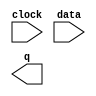
// megafunction wizard: %LPM_FF%VBB%
// GENERATION: STANDARD
// VERSION: WM1.0
// MODULE: lpm_ff 

// ============================================================
// Megafunction Name(s):
// 			lpm_ff
//
// Simulation Library Files(s):
// 			lpm
// ============================================================
// ************************************************************
// THIS IS A WIZARD-GENERATED FILE. DO NOT EDIT THIS FILE!
//
// 9.1 Build 222 10/21/2009 SJ Web Edition
// ************************************************************

//Copyright (C) 1991-2009 Altera Corporation
//Your use of Altera Corporation's design tools, logic functions 
//and other software and tools, and its AMPP partner logic 
//functions, and any output files from any of the foregoing 
//(including device programming or simulation files), and any 
//associated documentation or information are expressly subject 
//to the terms and conditions of the Altera Program License 
//Subscription Agreement, Altera MegaCore Function License 
//Agreement, or other applicable license agreement, including, 
//without limitation, that your use is for the sole purpose of 
//programming logic devices manufactured by Altera and sold by 
//Altera or its authorized distributors.  Please refer to the 
//applicable agreement for further details.

module lpm_dff11 (
	clock,
	data,
	q);

	input	  clock;
	input	[11:0]  data;
	output	[11:0]  q;

endmodule

// ============================================================
// CNX file retrieval info
// ============================================================
// Retrieval info: PRIVATE: ACLR NUMERIC "0"
// Retrieval info: PRIVATE: ALOAD NUMERIC "0"
// Retrieval info: PRIVATE: ASET NUMERIC "0"
// Retrieval info: PRIVATE: ASET_ALL1 NUMERIC "1"
// Retrieval info: PRIVATE: CLK_EN NUMERIC "0"
// Retrieval info: PRIVATE: DFF NUMERIC "1"
// Retrieval info: PRIVATE: INTENDED_DEVICE_FAMILY STRING "Stratix"
// Retrieval info: PRIVATE: SCLR NUMERIC "0"
// Retrieval info: PRIVATE: SLOAD NUMERIC "0"
// Retrieval info: PRIVATE: SSET NUMERIC "0"
// Retrieval info: PRIVATE: SSET_ALL1 NUMERIC "1"
// Retrieval info: PRIVATE: SYNTH_WRAPPER_GEN_POSTFIX STRING "0"
// Retrieval info: PRIVATE: UseTFFdataPort NUMERIC "0"
// Retrieval info: PRIVATE: nBit NUMERIC "12"
// Retrieval info: CONSTANT: LPM_FFTYPE STRING "DFF"
// Retrieval info: CONSTANT: LPM_TYPE STRING "LPM_FF"
// Retrieval info: CONSTANT: LPM_WIDTH NUMERIC "12"
// Retrieval info: USED_PORT: clock 0 0 0 0 INPUT NODEFVAL clock
// Retrieval info: USED_PORT: data 0 0 12 0 INPUT NODEFVAL data[11..0]
// Retrieval info: USED_PORT: q 0 0 12 0 OUTPUT NODEFVAL q[11..0]
// Retrieval info: CONNECT: @clock 0 0 0 0 clock 0 0 0 0
// Retrieval info: CONNECT: q 0 0 12 0 @q 0 0 12 0
// Retrieval info: CONNECT: @data 0 0 12 0 data 0 0 12 0
// Retrieval info: LIBRARY: lpm lpm.lpm_components.all
// Retrieval info: GEN_FILE: TYPE_NORMAL lpm_dff11.v TRUE
// Retrieval info: GEN_FILE: TYPE_NORMAL lpm_dff11.inc FALSE
// Retrieval info: GEN_FILE: TYPE_NORMAL lpm_dff11.cmp FALSE
// Retrieval info: GEN_FILE: TYPE_NORMAL lpm_dff11.bsf TRUE FALSE
// Retrieval info: GEN_FILE: TYPE_NORMAL lpm_dff11_inst.v FALSE
// Retrieval info: GEN_FILE: TYPE_NORMAL lpm_dff11_bb.v TRUE
// Retrieval info: LIB_FILE: lpm